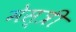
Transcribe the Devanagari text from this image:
मेस्‍त्री